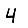
Digit: 4